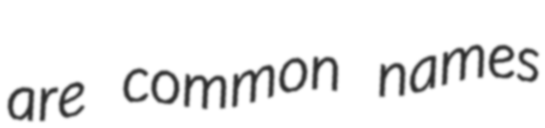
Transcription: are common names